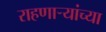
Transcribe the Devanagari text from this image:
राहणार्‍यांच्या